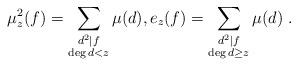
LaTeX: \begin{align*}\mu^2_z(f) = \sum_{\substack{d^2\mid f\\ \deg d<z}}\mu(d),e_z(f)= \sum_{\substack{d^2\mid f\\ \deg d\geq z}}\mu(d) \;.\end{align*}